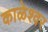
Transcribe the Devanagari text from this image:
काळेश्वर